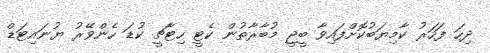
ދިހަ ފަހަރު ކާމިޔަބުކޮށްފައިވާ ބީޖީ މުބާރާތުން ކެޓީ ހިޓާޗީ ކުޑަ ހެންވޭރު ޔުނައިޓަޑް